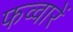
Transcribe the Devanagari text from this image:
फव्वारें